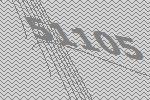
51105